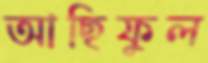
আছিফুল